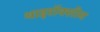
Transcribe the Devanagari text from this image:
थाइरॉक्सीन